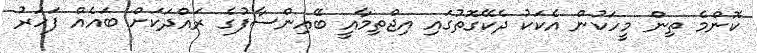
ކޮންމެ ތިން މީހަކުން އެކަކު ދެކޭގޮތުގައި އިޖްތިމާއީ ބޭއިންސާފުގެ ރައްދަކަށް ބައެއް ފަހަރު